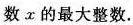
数x的最大整数.